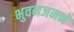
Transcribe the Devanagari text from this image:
भुवनजनने